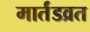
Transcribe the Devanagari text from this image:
मार्तंडव्रत